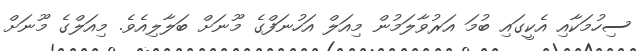
ސިހުމަކާއި އެކީގައި ބުމަ އަރުވާލަމުން މިއަލް އަހުނަފްގެ މޫނަށް ބަލާލިއެވެ. މިއަލްގެ މޫނަށް